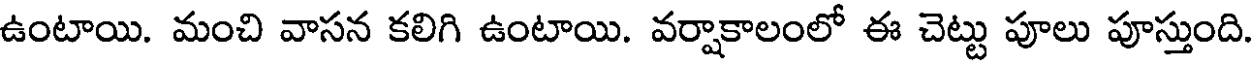
ఉంటాయి. మంచి వాసన కలిగి ఉంటాయి. వర్షాకాలంలో ఈ చెట్టు పూలు పూస్తుంది